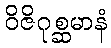
ဝိဇိဂုစ္ဆမာနံ